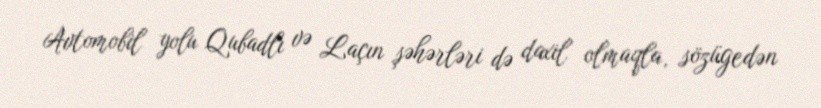
Avtomobil yolu Qubadlı və Laçın şəhərləri də daxil olmaqla, sözügedən